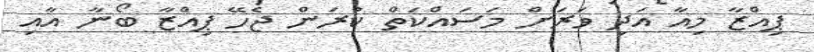
ޕިއްޒާ މިއާ އަދި ވަރަށް މަސައްކަތް ކުރަން ޖެެހޭ ޕިއްޒާ ބޯނާ އާއި